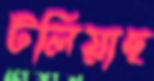
টলিয়াছ